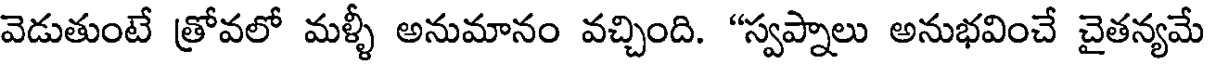
వెడుతుంటే త్రోవలో మళ్ళీ అనుమానం వచ్చింది. "స్వప్నాలు అనుభవించే చైతన్యమే